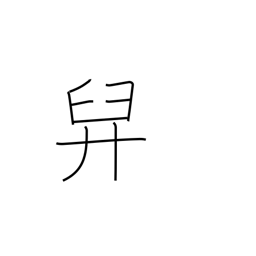
Meaning: bear